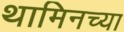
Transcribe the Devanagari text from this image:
थामिनच्या